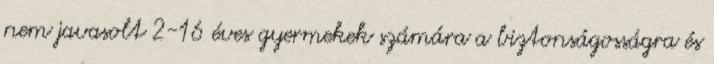
nem javasolt 2-16 éves gyermekek számára a biztonságosságra és